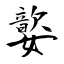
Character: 嬜